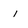
Character: i